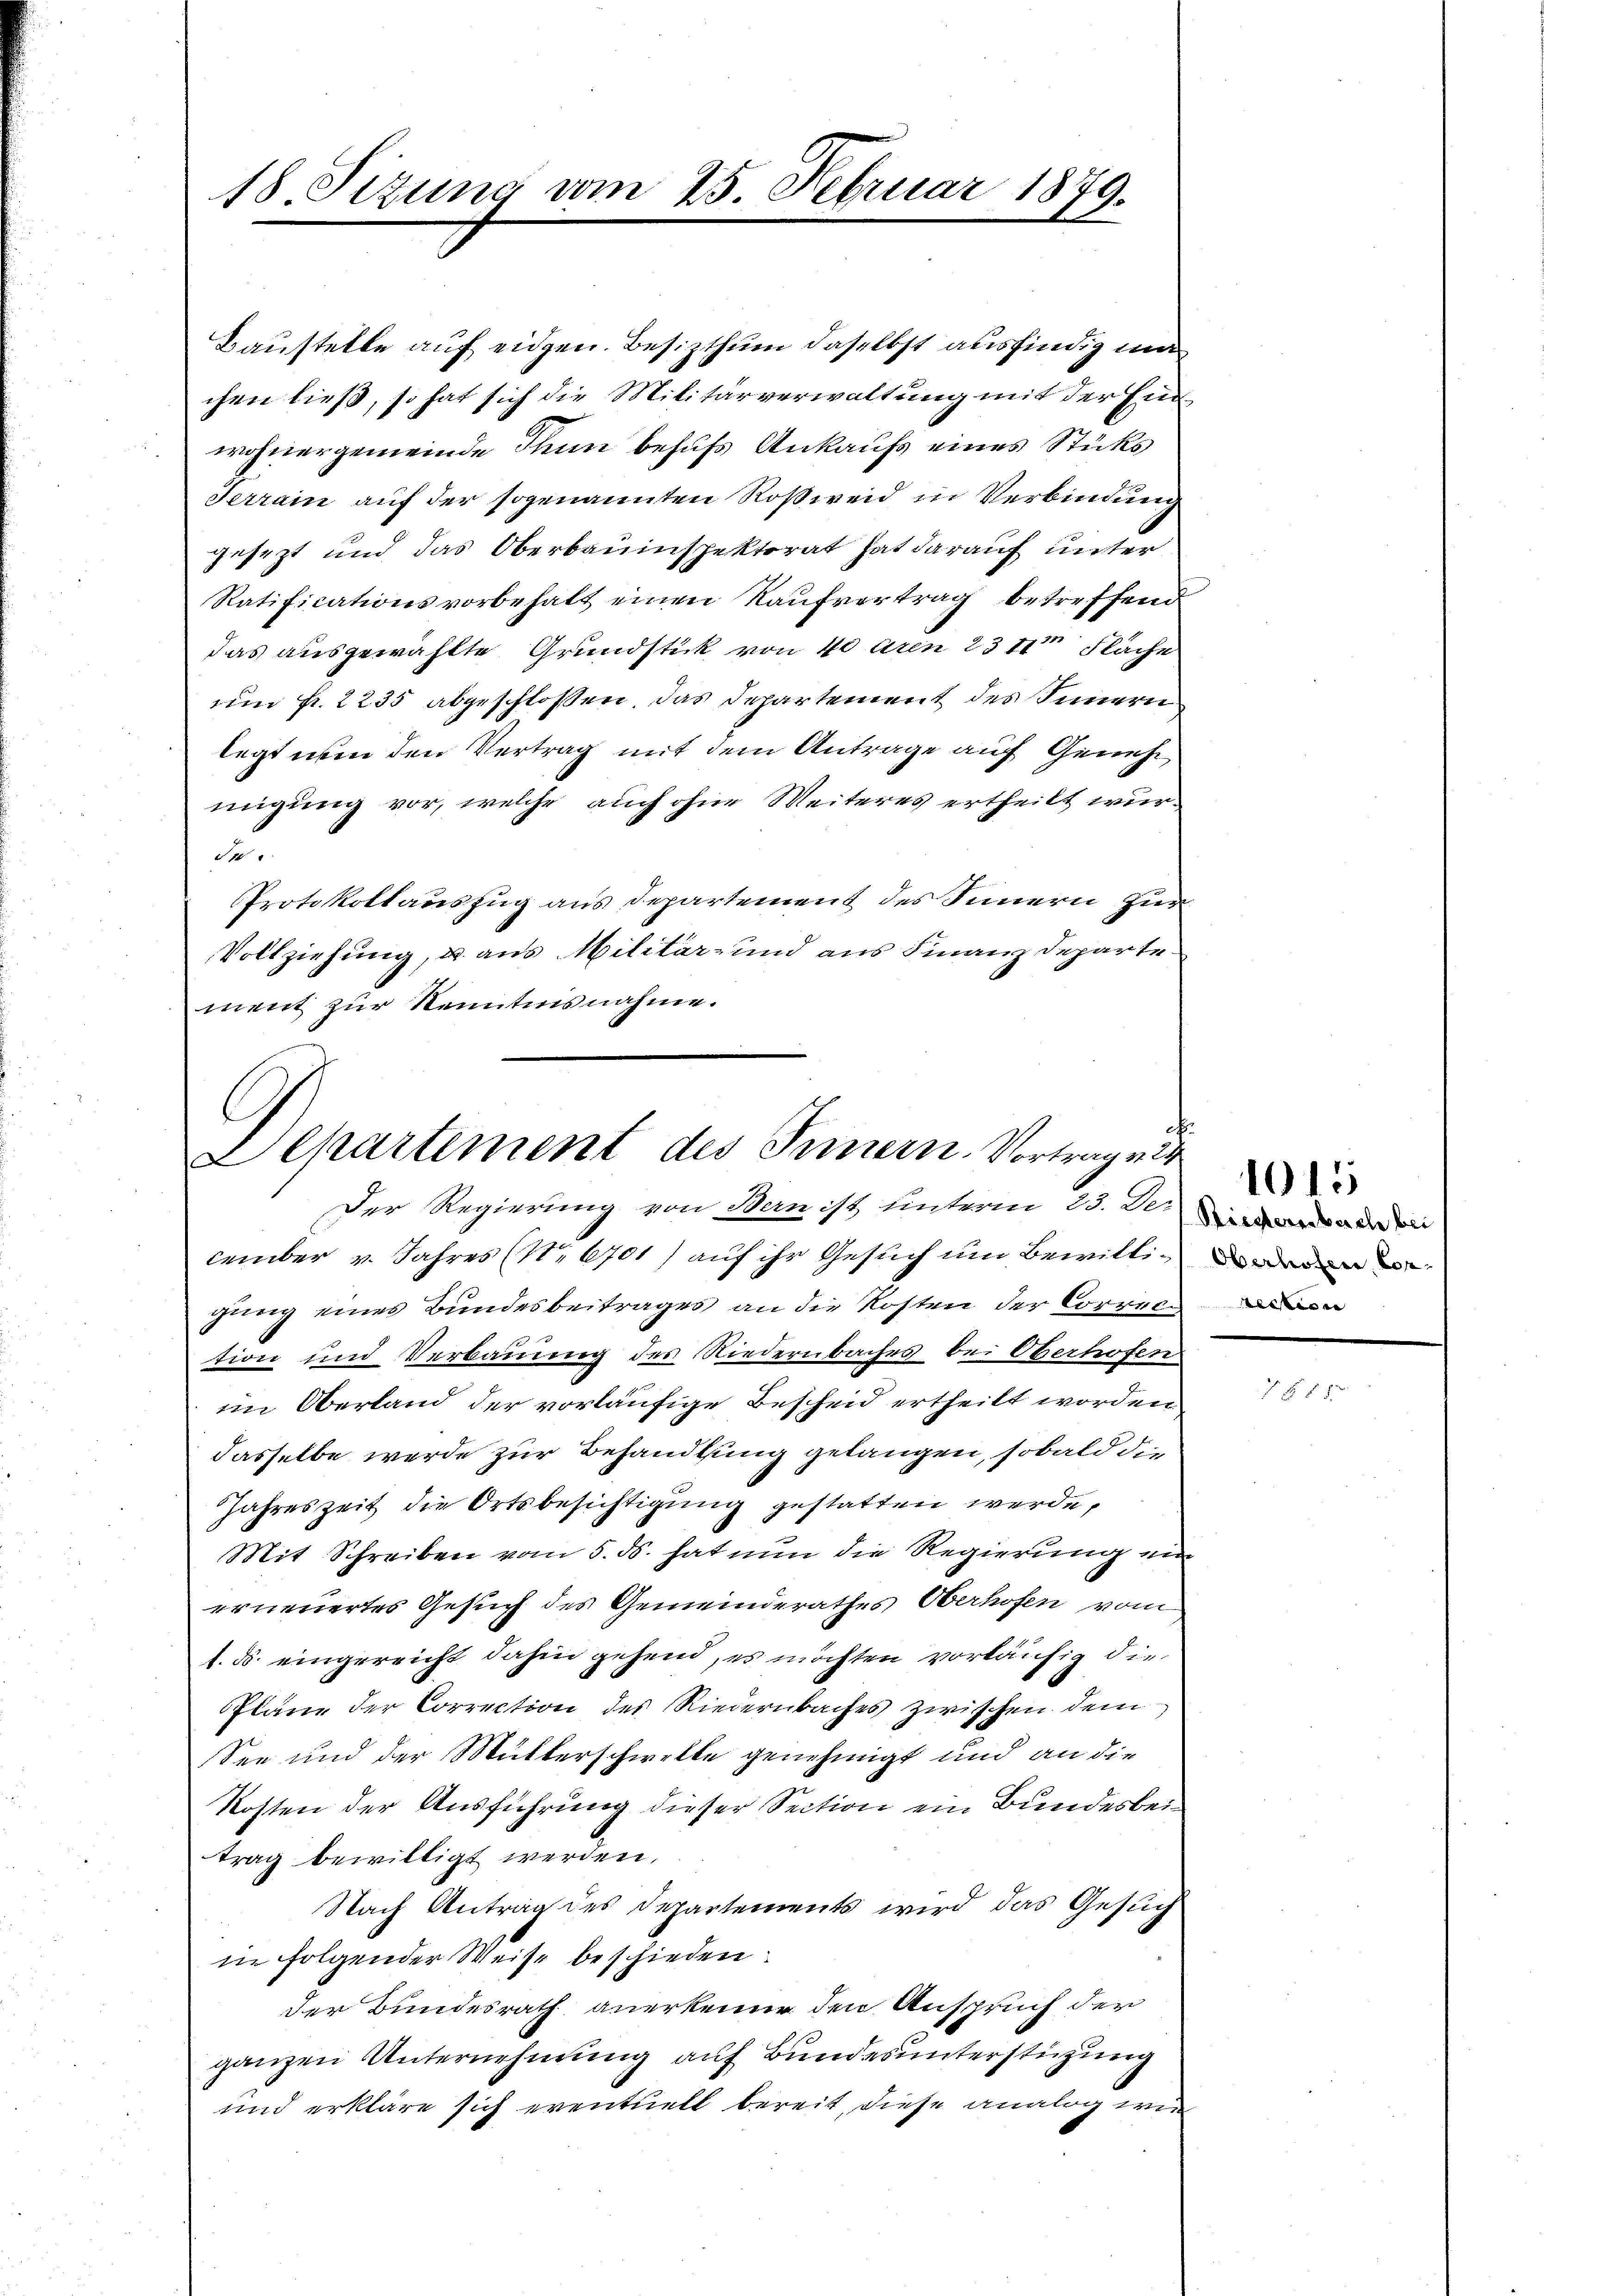
18. Sitzung vom 25. Februar 1879.

Baustelle auf eidgen. Besitzthum daselbst ausfindig ma
chen ließ, so hat sich die Militärverwaltung mit der Einwohnergemeinde Thun behufs Ankaufs eines Stücks
Serrain auf der sogenannten Roßweid in Verbindung
Jesezt und das Oberbauinspektorat hat darauf unter
Ratificationsvorbehalt einen Kaufvertrag betreffend
das ausgewählte Grundstick von 40 Aren 23 11 Fläche
um fr. 2235 abgeschlossen, das Departement des Innern
legt nun den Vertrag mit dem Antrage auf Genehmigung vor, welche auch ohne Weiteres ertheilt wur¬
4
Protokollauszug aus Departement des Simmern zur
Vollziehung, u. aus Militär- und aus Finanzdeparte
ment zur Kenntnisnahme.

Separtement des Innern. Vortrage
Der Regierung von Bern ist unterm 23. Der de

cember v. Jahres (Nr. 6701) auf ihr Gesuch um Bewillig wedene
gung eines Bundesbeitrages an die Kosten der Correc
tion und Verbauung des Niedernbaches bei Oberhofen
im Oberland der vorläufige Bescheid ertheilt worden
dasselbe werde zur Behandlung gelangen, sobald die
Jahreszeit die Ortsbesichtigung gestatten werde,
Mit Schreiben vom 5. ds. hat nun die Regierung ein
erneuertes Gesuch des Gemeinderathes Oberhofen vom
1. ds. eingereicht dahin gehend, es möchten vorläufig die
Pläne der Correction des Riedernbaches zwischen dem
See und der Mutterschwelle genehmigt und an die
Kosten der Ausführung dieser Section ein Bundesbeitrag bewilligt werden.
Nach Antrag des Departements wird das Gesuch
in folgender Weise beschieden:
der Bundesrath anerkenne den Anspruch der
ganzen Unternehmung auf Bundesunterstützung
und erkläre sich eventuell bereit, diese analog wir

1015